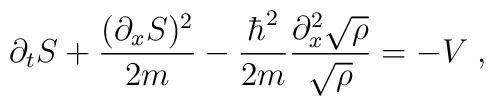
\partial_{t}S + \frac{(\partial_{x}S)^{2}}{2m} - \frac{\hbar^{2}}{2m}\frac{\partial_{x}^{2}\sqrt{\rho}}{\sqrt{\rho}} = - V \; ,